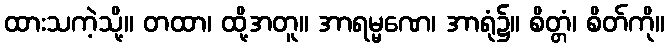
ထားသကဲ့သို့။ တထာ၊ ထို့အတူ။ အာရမ္မဏေ၊ အာရုံ၌။ စိတ္တံ၊ စိတ်ကို။